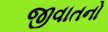
જીવાતનો